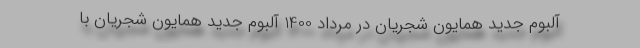
آلبوم جدید همایون شجریان در مرداد 1400 آلبوم جدید همایون شجریان با